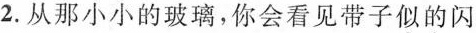
2.从那小小的玻璃，你会看见带子似的闪